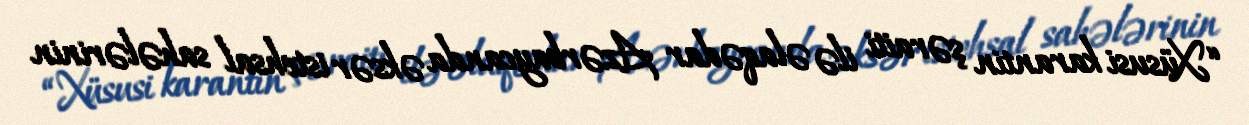
“Xüsusi karantin şəraiti ilə əlaqədar Azərbaycanda əksər istehsal sahələrinin